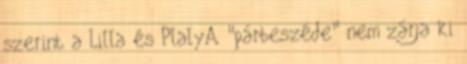
szerint a Lilla és PlalyA "párbeszéde" nem zárja ki